Triennial report on the lunatic asylums in the province of Eastern Bengal and Assam - 1903-1911
Year: 1903
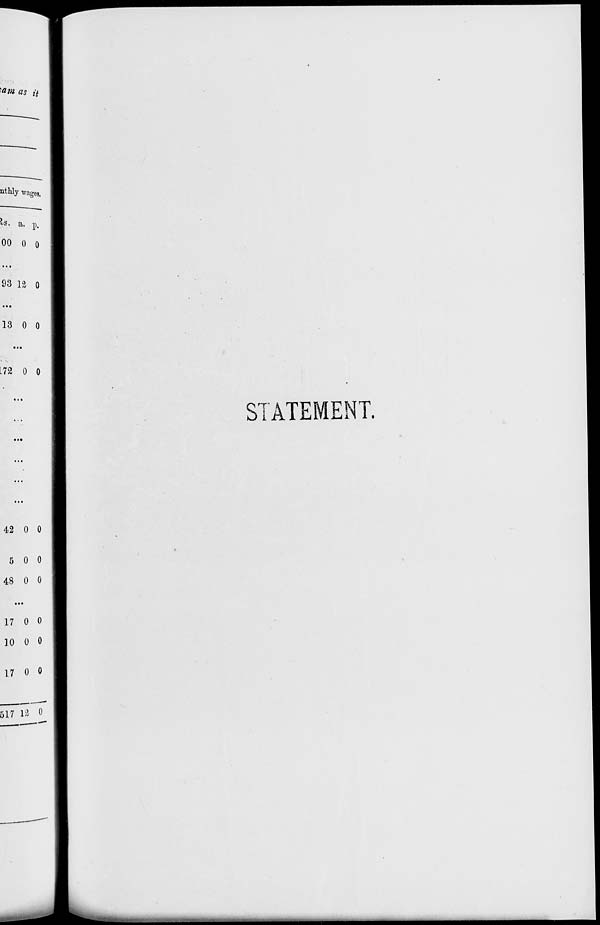
STATEMENT.